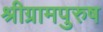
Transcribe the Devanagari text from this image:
श्रीग्रामपुरुष